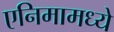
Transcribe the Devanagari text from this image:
एनिमामध्ये